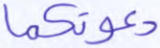
دعوتكما